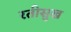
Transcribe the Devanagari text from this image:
रतीसुख